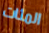
المئات